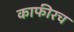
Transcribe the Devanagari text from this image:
काफीरच